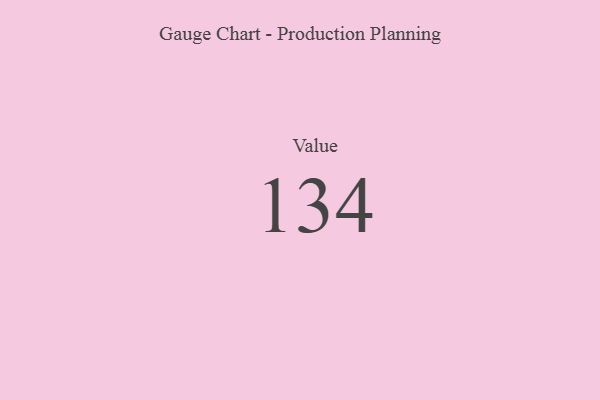
{"axis": {"x": "Metric", "y": "Value"}, "legend": [""], "data": [{"x": "Value", "y": 134, "type": ""}]}